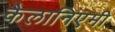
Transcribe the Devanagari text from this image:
कैलानिएमी